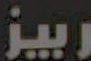
ربيز